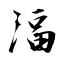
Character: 湢